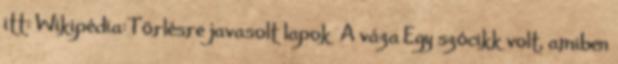
itt: Wikipédia:Törlésre javasolt lapok A váza Egy szócikk volt, amiben